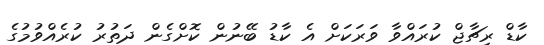
ކާޑް ރިޗާޖް ކުރައްވާ ވަރަކަށް އެ ކާޑު ބޭނުން ކޮށްގެން ދަތުރު ކުރެއްވުމުގެ